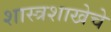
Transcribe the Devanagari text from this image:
शास्त्रशाखेचे